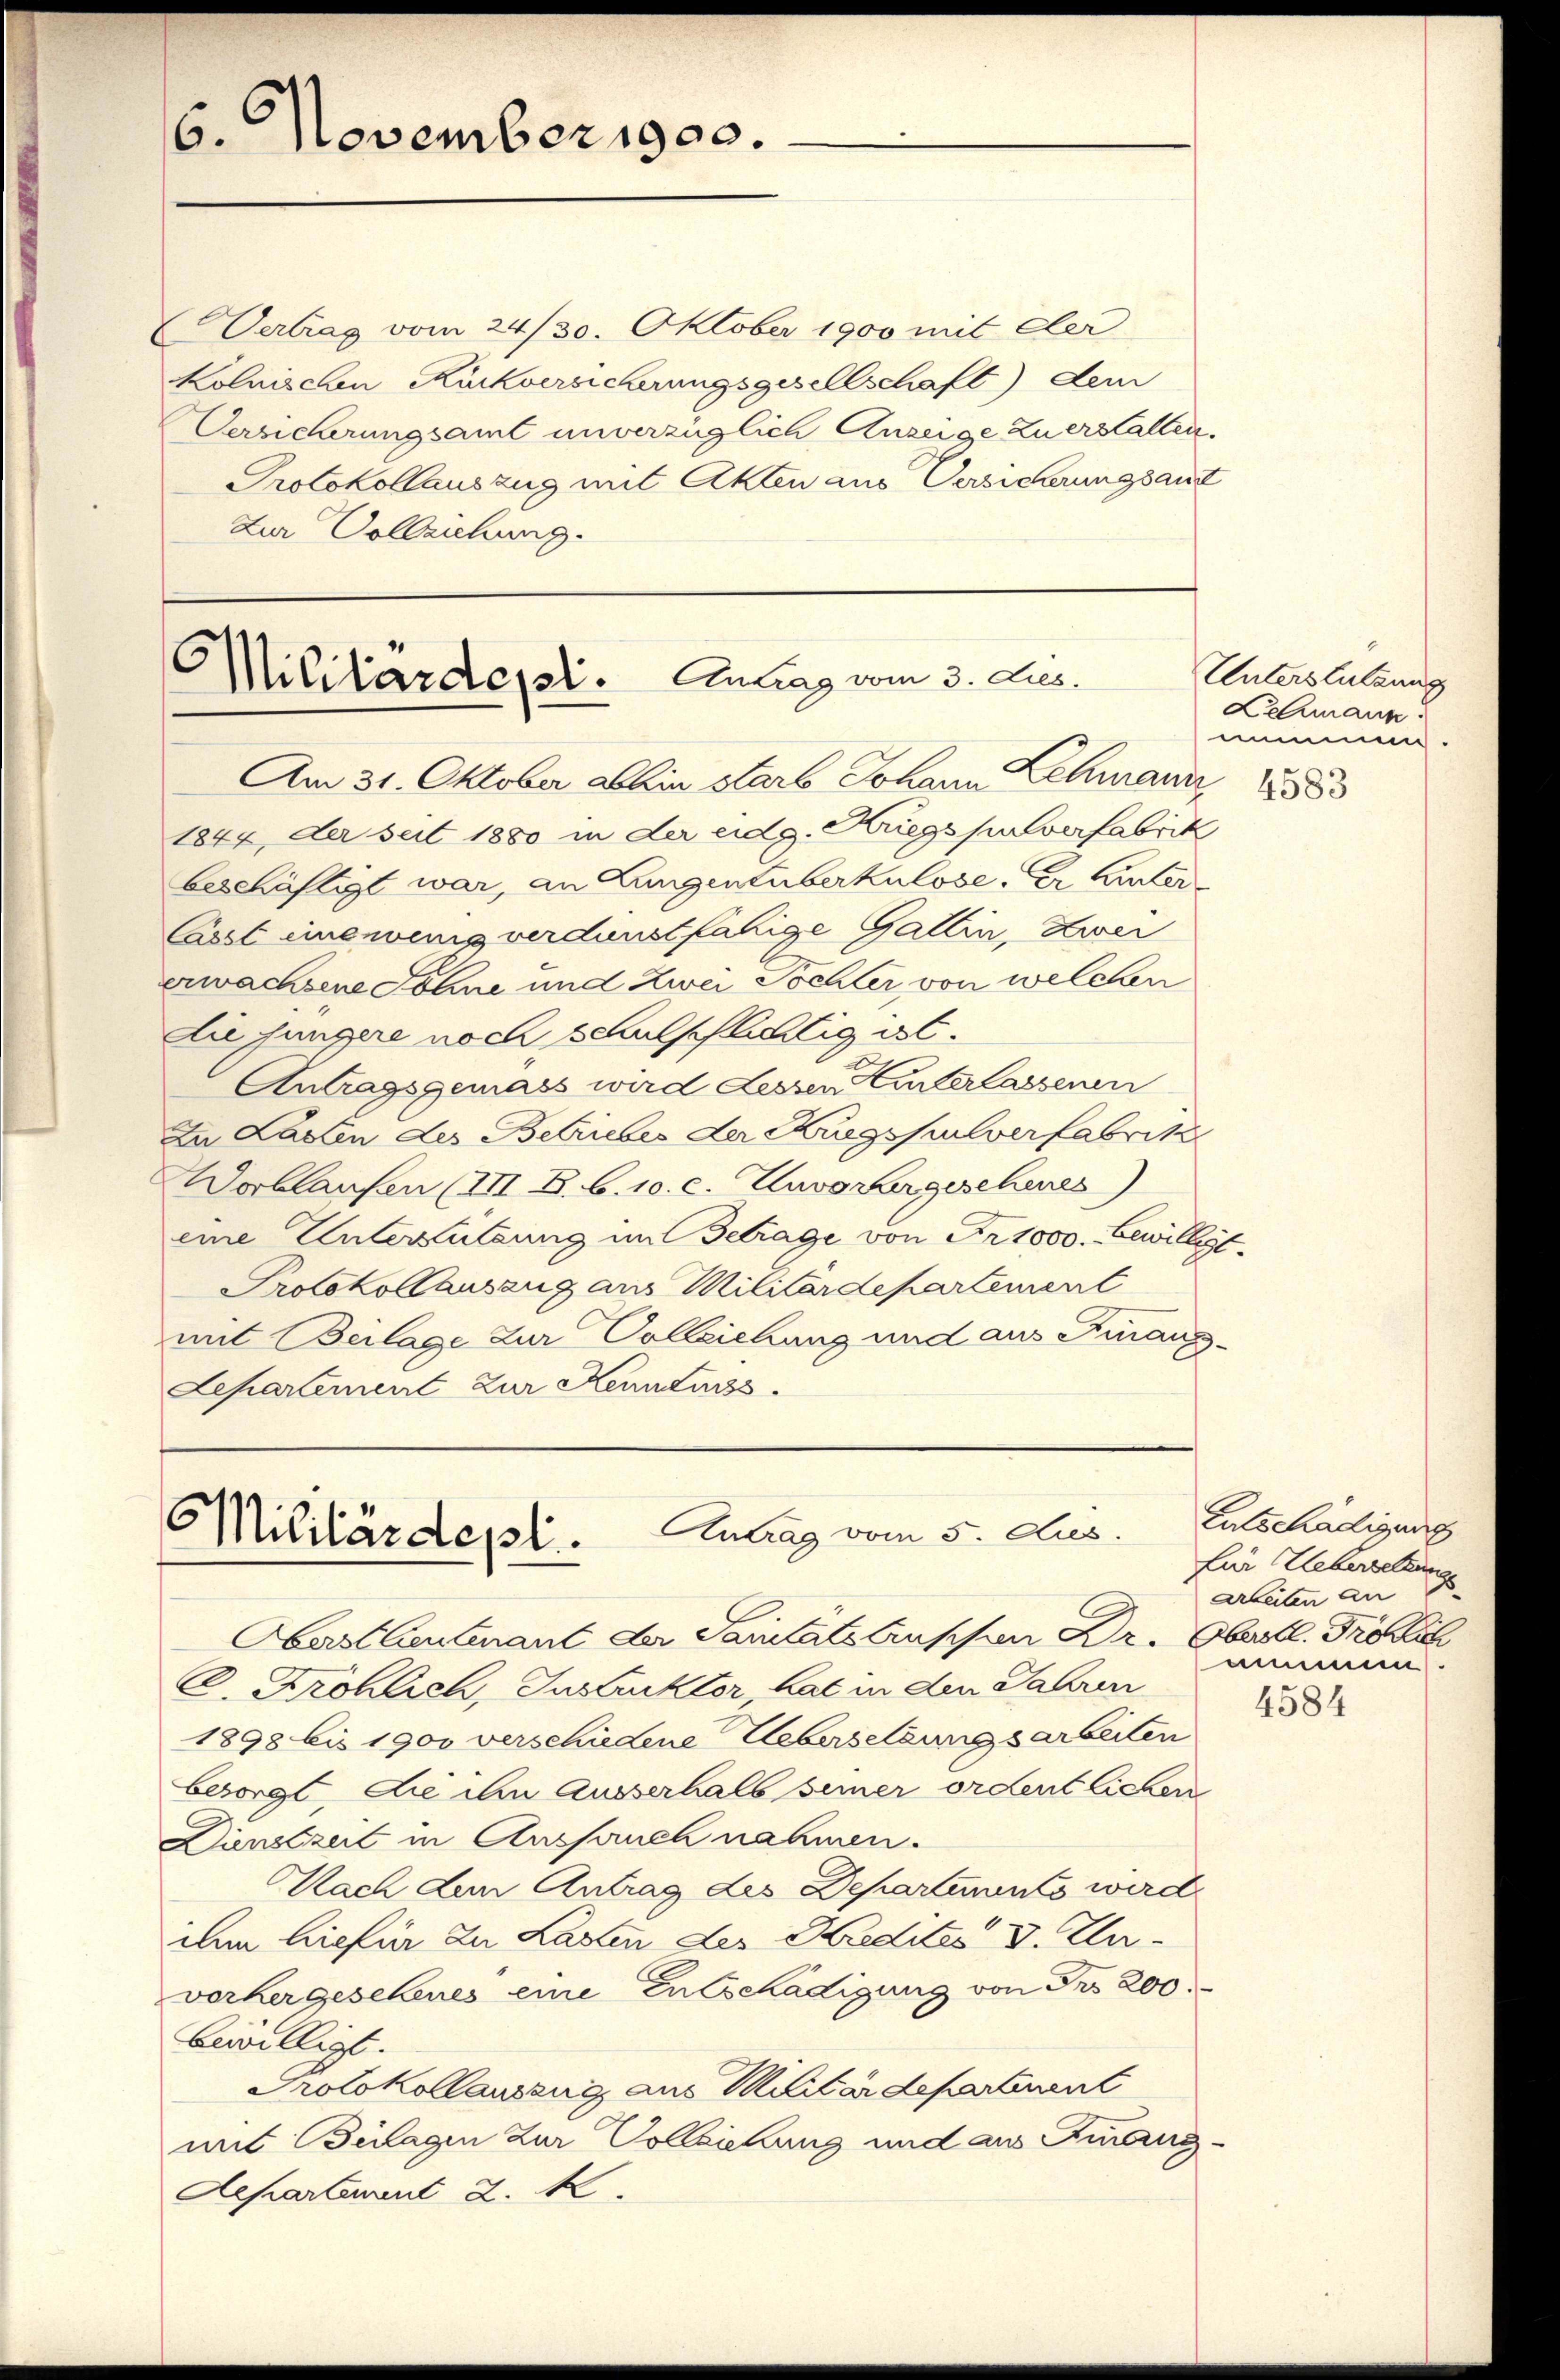
6. November 1900.

Vertrag vom 24/30. Oktober 1900 mit der
Kolnischen Kuckversicherungsgesellschaft) dem
Versicherungsamt unverzüglich Anzeige Zuerstallen.
Protokollauszug mit Akten aus Versicherungsant
Zur Vollziehung.

Militärdept. Antrag vom 3. Jus
Am 31. Oktober abhin starb Johann Lehmann 1883

Antrag vom 5. Aus
Militärdepl.

1844, der seit 1880 in der eidg. Kriegs pulverfabrik
beschäftigt war, an Lungentuberkulose. Er hinter¬
Casst einenvenig verdunstfähige Gattin, Zwei
erwachsene Sohne und Zwei Töchter von welchen
die jungere noch schulschlichtig ist.
Antragsgemäss wird dessen interlassenen
In Lasten des Betriebes der Krugspulverfabritz
Vorlaufen (III B. b. 10. c. Zuvovorgeschenes)
eine Unterstützung im Betrage von Fr. 1000.- Bewilligt.
Protokollausang aus Militärdepartement
mit Beilage zur Vollziehung und aus Finanz¬
Lepartement zur Kennturss

Unterstützung
Kelmann.
mmmen.

Oberst Leutenant der Sanitätstruppen Dr. Oberstl. Fröhlich
C. Fröhlich, Instruktor hat in den Jahren
1898 bis 1900 verschiedene Uebersetzungsarbeiten
besorgt, die ihn ausserhalb seiner ordentlichen
Dienstzeit in Aussauch nahmen.
Nach dem Antrag des Departements wird
dem hiefür zu Lasten des Kredites V. Cavorhergesehenes eine Entschädigung von Fr. 200.
bewilligt. |
Protokollauszug aus Militärdepartement
mit Beilagen zur Vollziehung und aus Finanz¬
Aepartement 2. k.

Entschädigung
Ein Uebersetzungs
arbeiten an
nimmen.

4584